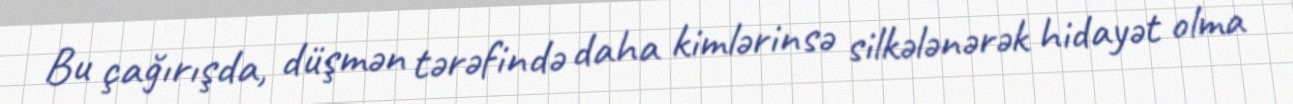
Bu çağırışda, düşmən tərəfində daha kimlərinsə silkələnərək hidayət olma